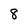
Character: 8